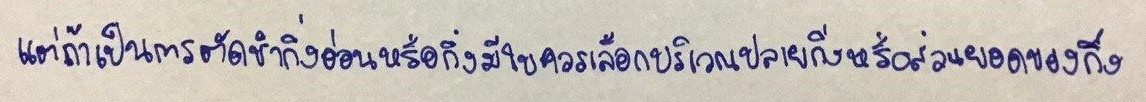
แต่ถ้าเป็นการตัดชำกิ่งอ่อนหรือกิ่งมีใบควรเลือกบริเวณปลายกิ่งหรือส่วนยอดของกิ่ง